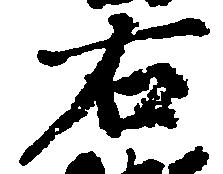
右